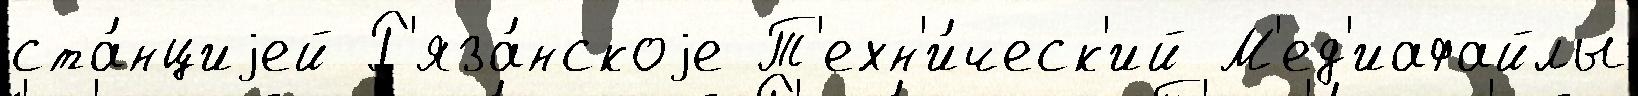
ста́нциjей Р'яза́нскоjе Т'ехн'и́ческ'ий М'ед'иафайлы